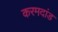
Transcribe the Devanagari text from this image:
करमदांड